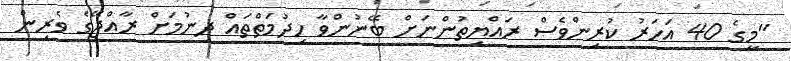
"މީގެ 40 އަހަރު ކުރިންވެސް ރައްޔިތުންނަށް ބޭނުންވާ ހިދުމަތްތައް ދިނުމަށް ރާއްޖޭގެ ވެރިން